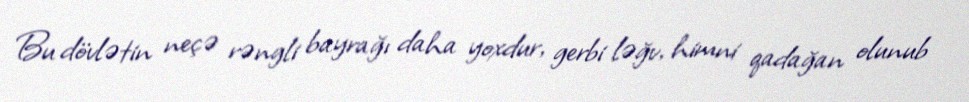
Bu dövlətin neçə rəngli bayrağı daha yoxdur, gerbi ləğv, himni qadağan olunub